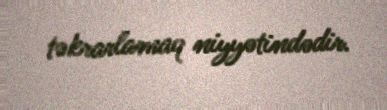
təkrarlamaq niyyətindədir.